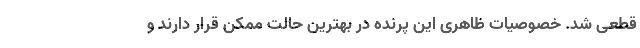
قطعی شد. خصوصیات ظاهری این پرنده در بهترین حالت ممکن قرار دارند و